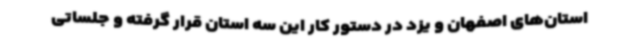
استان‌های اصفهان و یزد در دستور کار این سه استان قرار گرفته و جلساتی